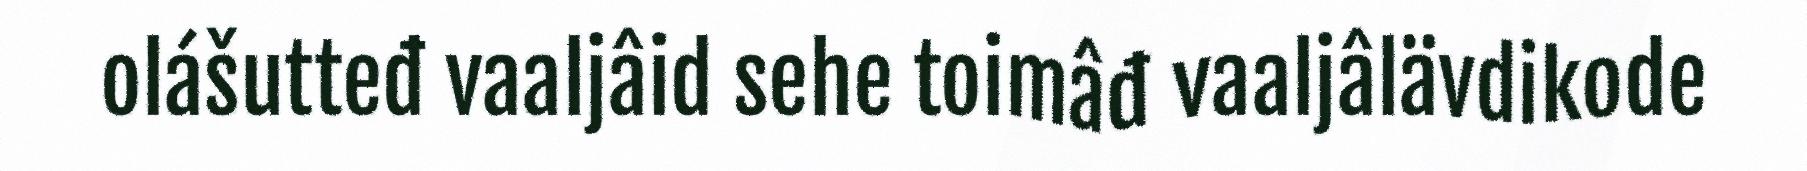
olášutteđ vaaljâid sehe toimâđ vaaljâlävdikode